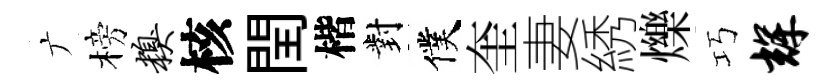
广榜糗核閏楷對僕奎妻綉爍巧辉